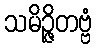
သမိဉ္ဇိတဗ္ဗံ